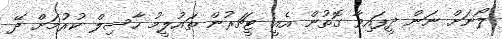
ލޯނަށް ނަން ދީފައިވާ ގޮތުން އެއީ ޓީޗަރުން ތައުލީމު ހާސިލް ކުރުމަށް ދޭ